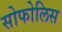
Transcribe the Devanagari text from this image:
सोफोलिस